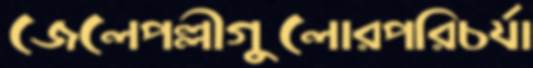
জেলেপল্লীগুলোরপরিচর্যা